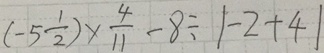
( - 5 \frac { 1 } { 2 } ) \times \frac { 4 } { 1 1 } - 8 \div \vert - 2 + 4 \vert